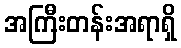
အကြီးတန်းအရာရှိ